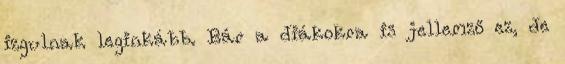
izgulnak leginkább. Bár a diákokra is jellemző ez, de